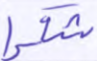
شكرا